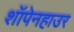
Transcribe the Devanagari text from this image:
शॉपेनहाउर